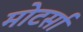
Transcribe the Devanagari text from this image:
मोटर्सा